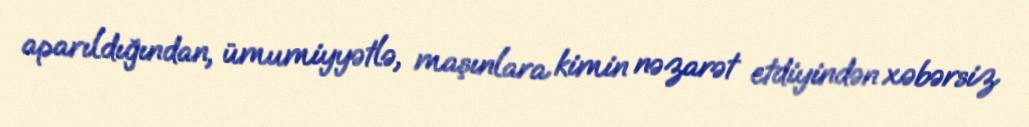
aparıldığından, ümumiyyətlə, maşınlara kimin nəzarət etdiyindən xəbərsiz